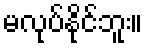
မလုပ်နိုင်ဘူး။